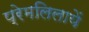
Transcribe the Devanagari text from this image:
प्रेमलिलायें